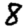
Digit: 8